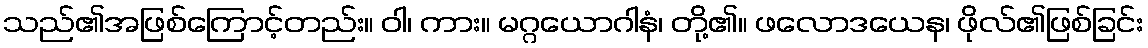
သည်၏အဖြစ်ကြောင့်တည်း။ ဝါ၊ ကား။ မဂ္ဂယောဂါနံ၊ တို့၏။ ဖလောဒယေန၊ ဖိုလ်၏ဖြစ်ခြင်း